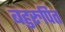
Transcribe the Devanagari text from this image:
बहुरुपित